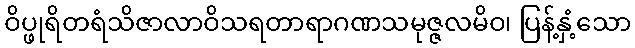
ဝိပ္ဖုရိတရံသိဇာလာဝိသရတာရာဂဏသမုဇ္ဇလမိဝ၊ ပြန့်နှံ့သော